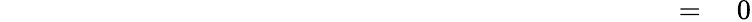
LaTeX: \qquad\qquad\qquad\qquad\qquad\qquad\qquad\qquad\qquad\qquad\qquad\qquad=\quad 0